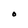
Character: O